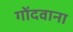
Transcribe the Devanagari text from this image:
गोंदवाना